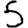
Digit: 5